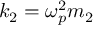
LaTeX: k _ { 2 } = \omega _ { p } ^ { 2 } m _ { 2 }